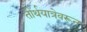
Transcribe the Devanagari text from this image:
तीर्थयात्रेवरून